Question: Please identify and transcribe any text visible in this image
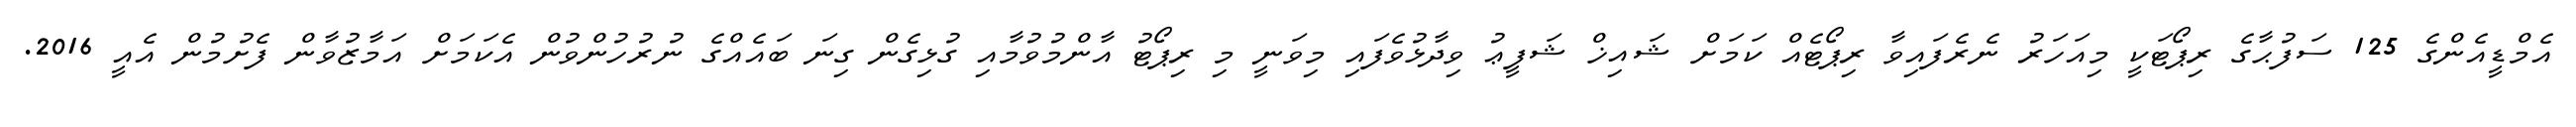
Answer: އެމްޑީއެންގެ 125 ސަފުޙާގެ ރިޕޯޓަކީ މިއަހަރު ނެރެފައިވާ ރިޕޯޓެއް ކަމަށް ޝައިޚް ޝަފީޢު ވިދާޅުވެފައި މިވަނީ މި ރިޕޯޓު އާންމުވުމާއި ގުޅިގެން ގިނަ ބައެއްގެ ނުރުހުންވުން އެކަމަށް އަމާޒުވާން ފެށުމުން އެއީ 2016.